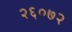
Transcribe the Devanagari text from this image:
२६०७२